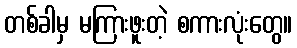
တစ်ခါမှ မကြားဖူးတဲ့ စကားလုံးတွေ။